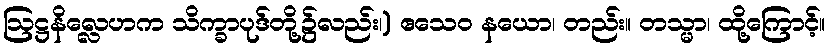
ဩဋ္ဌနိလ္လေဟက သိက္ခာပုဒ်တို့၌လည်း၊) ဧသေဝ နယော၊ တည်း။ တသ္မာ၊ ထို့ကြောင့်။